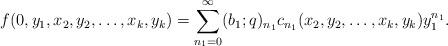
LaTeX: \begin{align*}f(0, y_1, x_2, y_2, \ldots, x_k, y_k)=\sum_{n_1=0}^\infty (b_1; q)_{n_1}c_{n_1}(x_2, y_2, \ldots, x_k, y_k)y_1^{n_1}.\end{align*}